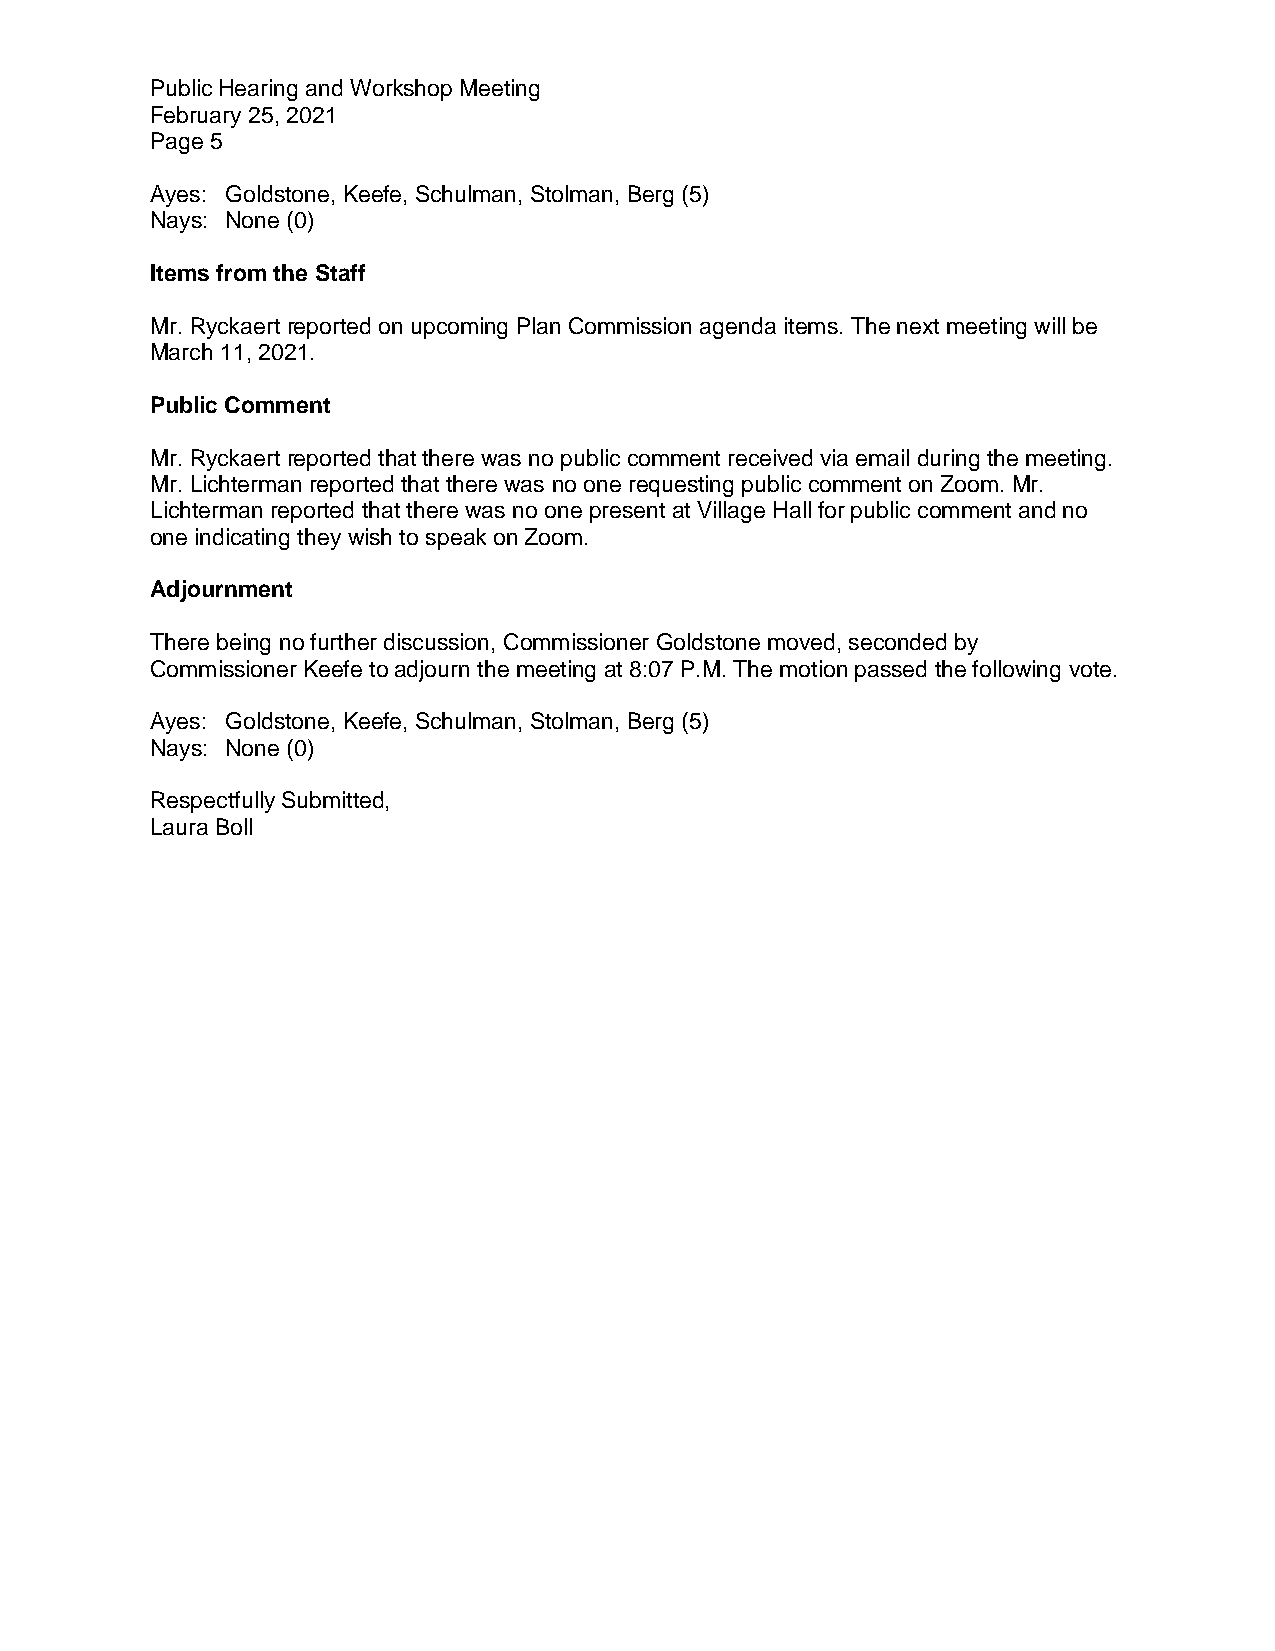
Public Hearing and Workshop Meeting
 February 25, 2021
 Page 5
 Ayes: Goldstone, Keefe, Schulman, Stolman, Berg (5)
 Nays: None (0)
 Items from the Staff
 Mr. Ryckaert reported on upcoming Plan Commission agenda items. The next meeting will be
 March 11, 2021.
 Public Comment
 Mr. Ryckaert reported that there was no public comment received via email during the meeting.
 Mr. Lichterman reported that there was no one requesting public comment on Zoom. Mr.
 Lichterman reported that there was no one present at Village Hall for public comment and no
 one indicating they wish to speak on Zoom.
 Adjournment
 There being no further discussion, Commissioner Goldstone moved, seconded by
 Commissioner Keefe to adjourn the meeting at 8:07 P.M. The motion passed the following vote.
 Ayes: Goldstone, Keefe, Schulman, Stolman, Berg (5)
 Nays: None (0)
 Respectfully Submitted,
 Laura Boll